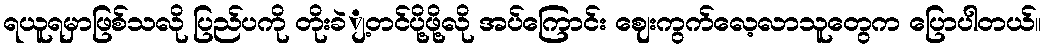
ရယူရမှာဖြစ်သလို ပြည်ပကို တိုးခဲျ့တင်ပို့ဖို့လို အပ်ကြောင်း ဈေးကွက်လေ့လာသူတွေက ပြောပါတယ်။